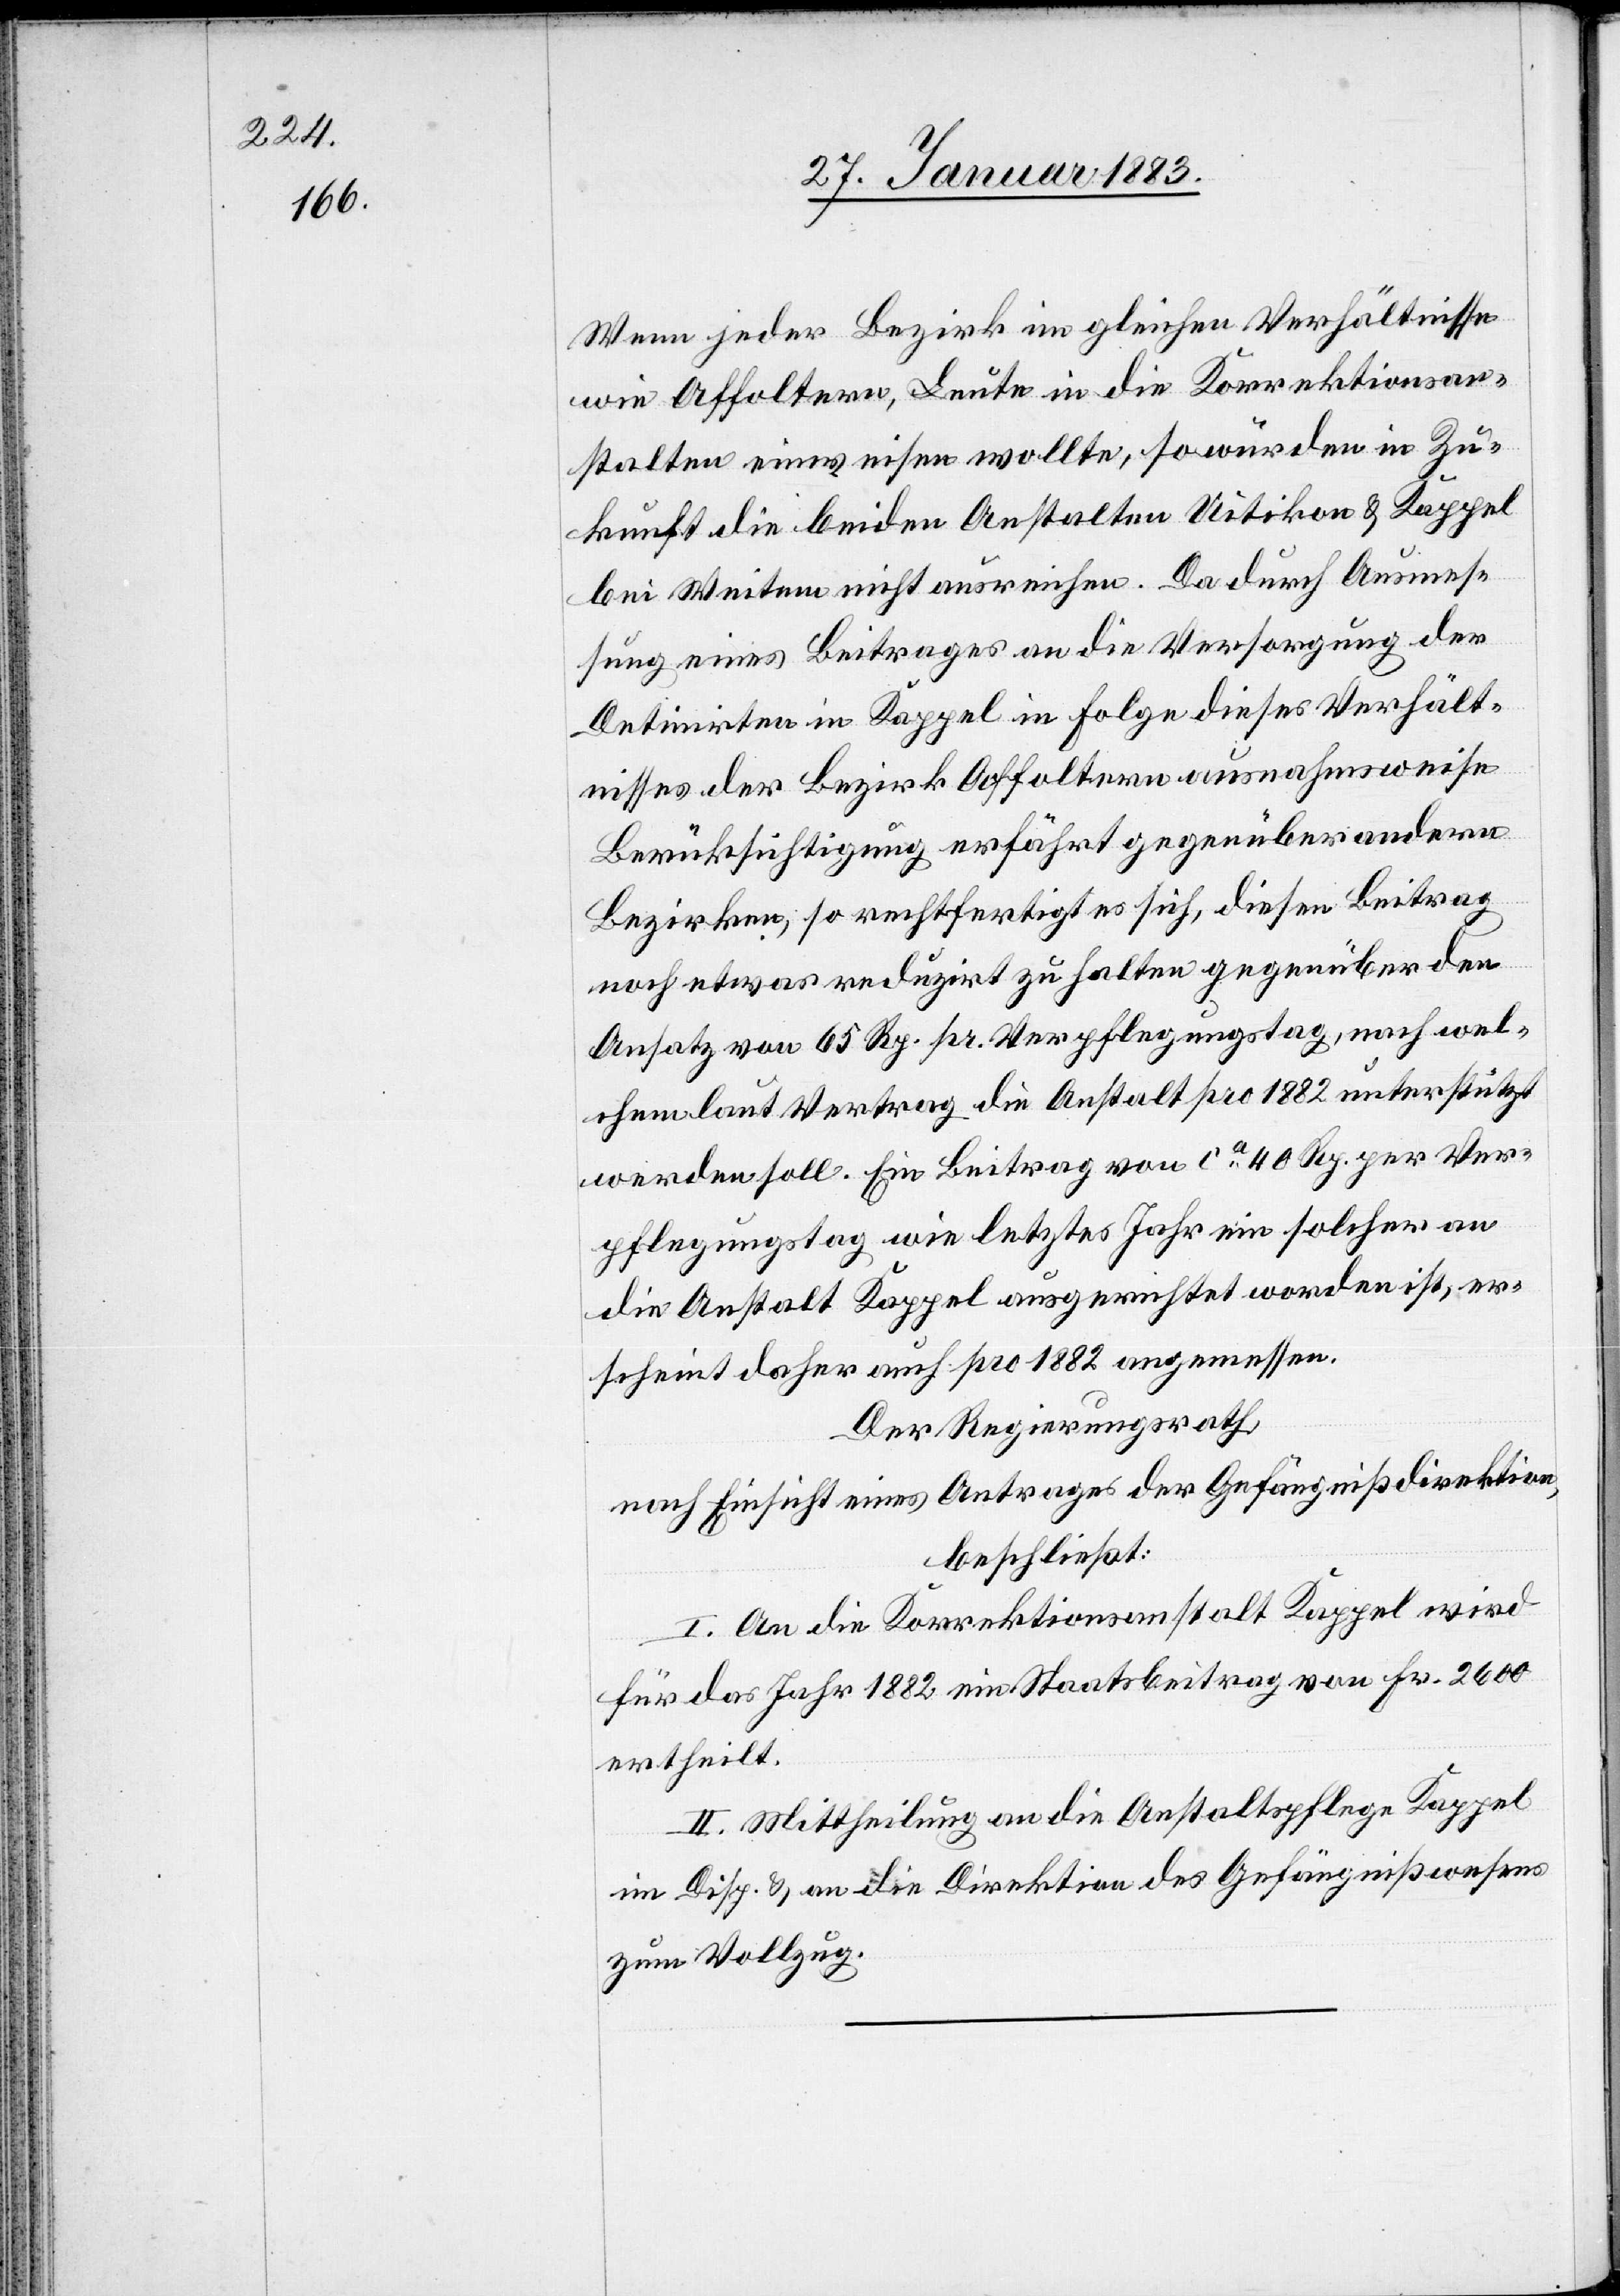
Wenn jeder Bezirk im gleichen Verhältnisse
wie Affoltern, Leute in die Korrektionsan¬
stalten einweisen wollte, so würden in Zu¬
kunft die beiden Anstalten Uitikon & Kappel
bei Weitem nicht ausreichen. Da durch Ausmes¬
sung eines Beitrages an die Versorgung der
Detinirten in Kappel in Folge dieses Verhält¬
nisses der Bezirk Affoltern ausnahmsweise
Berücksichtigung erfährt gegenüber andern
Bezirken, so rechtfertigt es sich, diesen Beitrag
noch etwas reduzirt zu halten gegenüber den
Ansatz von 65 Rp. pr. Verpflegungstag, nach wel¬
chem laut Vertrag die Anstalt pro 1882 unterstützt
werden soll. Ein Beitrag von ca 40 Rp. per Ver¬
pflegungstag wie letztes Jahr ein solcher an
die Anstalt Kappel ausgerichtet worden ist, er¬
scheint daher auch pro 1882 angemessen.
Der Regierungsrath,
nach Einsicht eines Antrages der Gefängnißdirektion,
beschließt:
I. An die Korrektionsanstalt Kappel wird
für das Jahr 1882 ein Staatsbeitrag von Fr. 2600
ertheilt.
II. Mittheilung an die Anstaltspflege Kappel
im Disp. & an die Direktion des Gefängnißwesens
zum Vollzug.